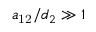
a _ { \mathrm { 1 2 } } / d _ { 2 } \gg 1